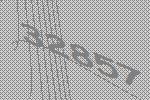
32857